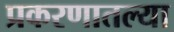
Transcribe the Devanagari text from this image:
प्रकरणातल्या